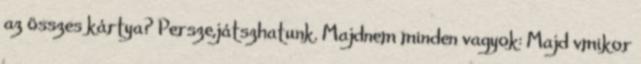
az összes kártya? Persze,játszhatunk. Majdnem minden vagyok: Majd vmikor